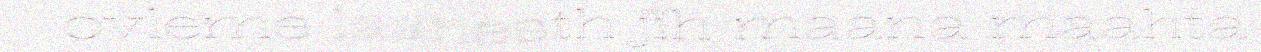
ovleme laanesth jïh maana maahta